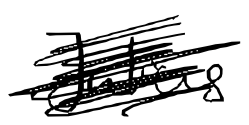
Text: Julius
Cross-out: scratch
Writing tool: digital_black